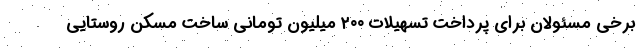
برخی مسئولان برای پرداخت تسهیلات ۲۰۰ میلیون تومانی ساخت مسکن روستایی